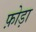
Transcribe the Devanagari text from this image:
फ़ोड़ा